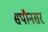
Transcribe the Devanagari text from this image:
सपौनसर